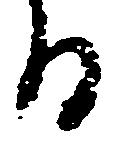
る